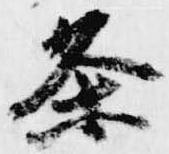
条